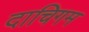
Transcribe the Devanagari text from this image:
दाचिगम